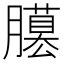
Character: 𦢐